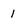
Character: 1